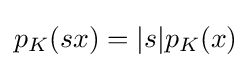
{\textstyle p_{K}(sx)=|s|p_{K}(x)}